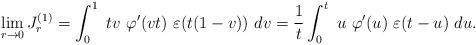
LaTeX: \begin{align*} \lim_{r\to 0} J^{(1)}_{r} = \int^{1}_{0} \ tv\ \varphi'(vt)\ \varepsilon(t(1-v)) \ dv = \frac{1}{t}\int^{t}_{0} \ u\ \varphi'(u)\ \varepsilon(t-u) \ du.\end{align*}